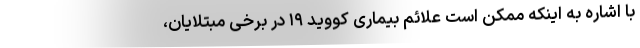
با اشاره به اینکه ممکن است علائم بیماری کووید ۱۹ در برخی مبتلایان،